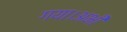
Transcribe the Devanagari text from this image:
गया।अभी